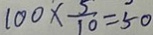
1 0 0 \times \frac { 5 } { 1 0 } = 5 0